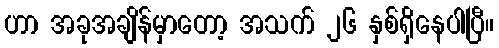
ဟာ အခုအချိန်မှာတော့ အသက် ၂၆ နှစ်ရှိနေပါပြီ။